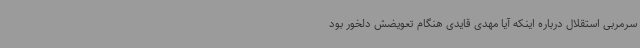
سرمربی استقلال درباره اینکه آیا مهدی قایدی هنگام تعویضش دلخور بود